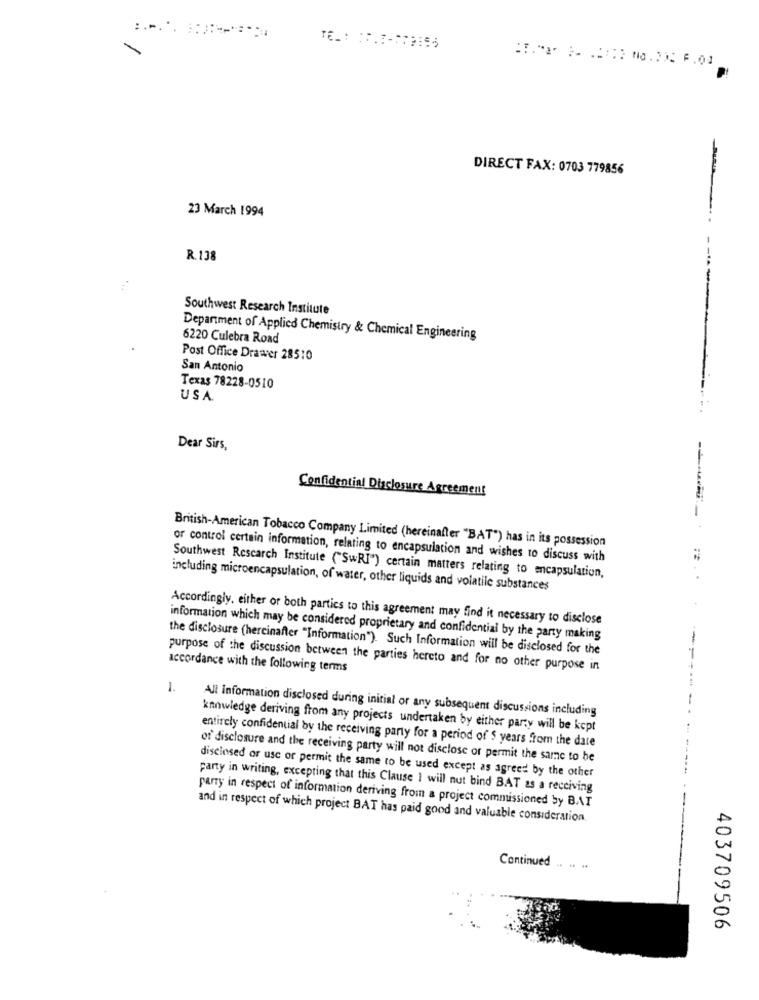
DIRECT FAX: 0703 779856
23 March 1994
R.138
Southwest Research Institute
Department of Applied Chemistry & Chemical Engineering
6220 Culebra Road
Post Office Drawer 28510
San Antonio
Texas 78228-0510
USA
Dear Sirs,
Confidential Disclosure Agreement
British-American Tobacco Company Limited (hereinafter "BAT") has in its possession
or control certain information, relating to encapsulation and wishes to discuss with
Southwest Research Institute ("SwRI") certain matters relating to encapsulation,
including microencapsulation, of water, other liquids and volatile substances
Accordingly, either or both parties to this agreement may find it necessary to disclose
information which may be considered proprietary and confidential by the party making
the disclosure (hercinafter "Information"). Such Information will be disclosed for the
purpose of the discussion between the parties hereto and for no other purpose in
accordance with the following terms
1.
All Information disclosed during initial or any subsequent discussions including
knowledge deriving from any projects undertaken by either party will be kept
entirely confidential by the receiving party for a period of $ years from the date
of disclosure and the receiving party will not disclose or permit the same to be
disclosed or use or permit the same to be used except as agreed by the other
party in writing, excepting that this Clause I will nut bind BAT as a receiving
party in respect of information deriving from a project commissioned by BAAI
and in respect of which project BAT has paid good and valuable consideration
Continued
403709506